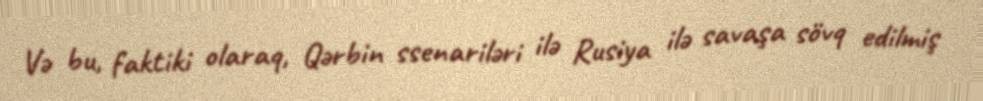
Və bu, faktiki olaraq, Qərbin ssenariləri ilə Rusiya ilə savaşa sövq edilmiş